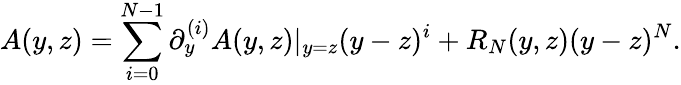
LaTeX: A(y,z)=\sum_{i=0}^{N-1}\partial_{y}^{(i)}A(y,z)|_{y=z}(y-z)^{i}+R_{N}(y,z)(y-z)^{N}.